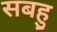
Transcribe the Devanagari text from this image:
सबहु